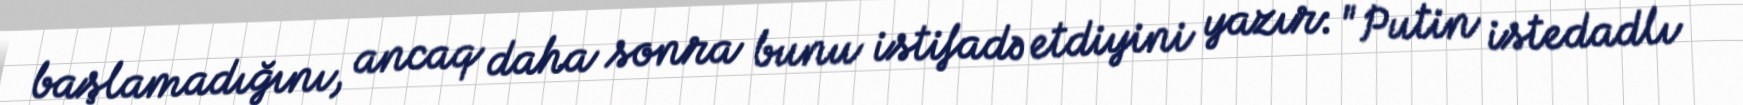
başlamadığını, ancaq daha sonra bunu istifadə etdiyini yazır: "Putin istedadlı